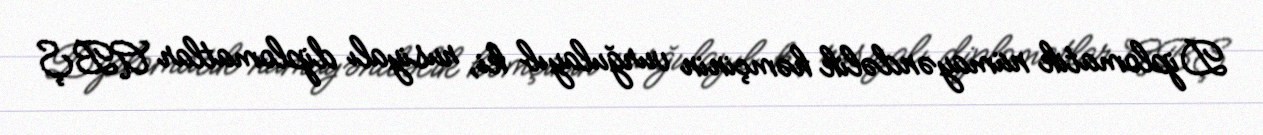
Diplomatik nümayəndəlik həmçinin vurğulayıb ki, rusiyalı diplomatlar ABŞ